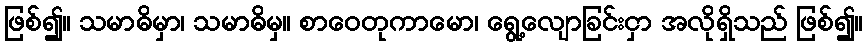
ဖြစ်၍။ သမာဓိမှာ၊ သမာဓိမှ။ စာဝေတုကာမော၊ ရွေ့လျောခြင်းငှာ အလိုရှိသည် ဖြစ်၍။